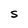
Character: S